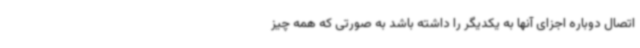
اتصال دوباره اجزای آنها به یکدیگر را داشته باشد به صورتی که همه چیز